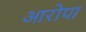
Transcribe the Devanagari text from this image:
आरोपा